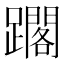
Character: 𨆿